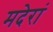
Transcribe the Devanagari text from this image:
मदेरां